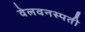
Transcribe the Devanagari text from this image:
वेलवनस्पती